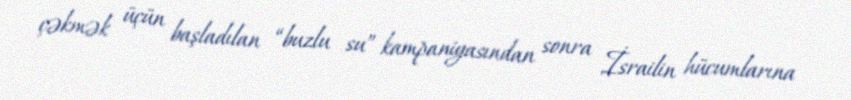
çəkmək üçün başladılan “buzlu su” kampaniyasından sonra İsrailin hücumlarına